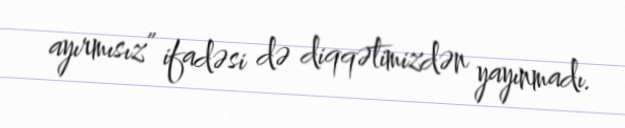
ayırmısız” ifadəsi də diqqətimizdən yayınmadı.